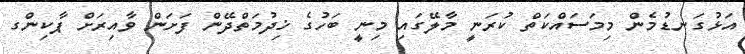
އަޅުގަނޑުމެން މިމަސައްކަތް ކުރަނީ މާލޭގައި މިނީ ބަހުގެ ޚިދުމަތްދޭން ފަށަން ވާއިރަށް ޕާކިންގ